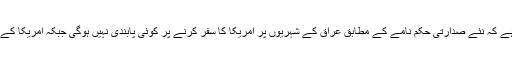
وائٹ ہائو س کی جانب سے جاری بیان میں کہا گیا ہے کہ نئے صدارتی حکم نامے کے مطابق عراق کے شہریوں پر امریکا کا سفر کرنے پر کوئی پابندی نہیں ہوگی جبکہ امریکا کے مستقل رہائشی بھی اس پابندی سے مستثنی ہوں گے۔